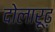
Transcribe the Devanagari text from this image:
दोलारूढ़